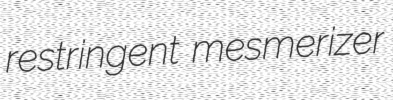
restringent mesmerizer